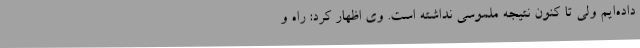
داده‌ایم ولی تا کنون نتیجه ملموسی نداشته است. وی اظهار کرد: راه و